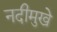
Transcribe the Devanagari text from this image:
नदीमुखे